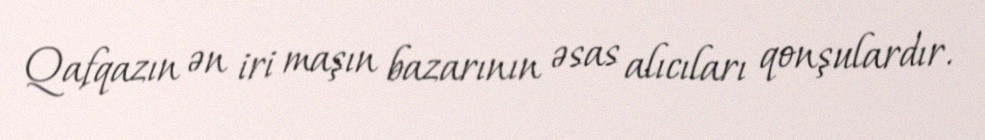
Qafqazın ən iri maşın bazarının əsas alıcıları qonşulardır.